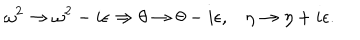
\omega ^ { 2 } \rightarrow \omega ^ { 2 } - i \epsilon \Rightarrow \theta \rightarrow \theta - i \epsilon , \eta \rightarrow \eta + i \epsilon .